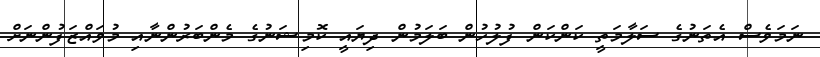
ނަމަވެސް އެތަނުގެ ސަލާމަތީ ކަންކަން ފުލުހުން ބަލަމުން ދިޔައީ ކޮމިޝަނުގެ މެންބަރުންނާއި މުވައްޒަފުންނަށް